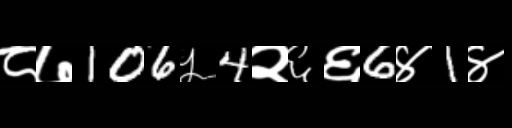
Text: ८७106५4२६६6४1४